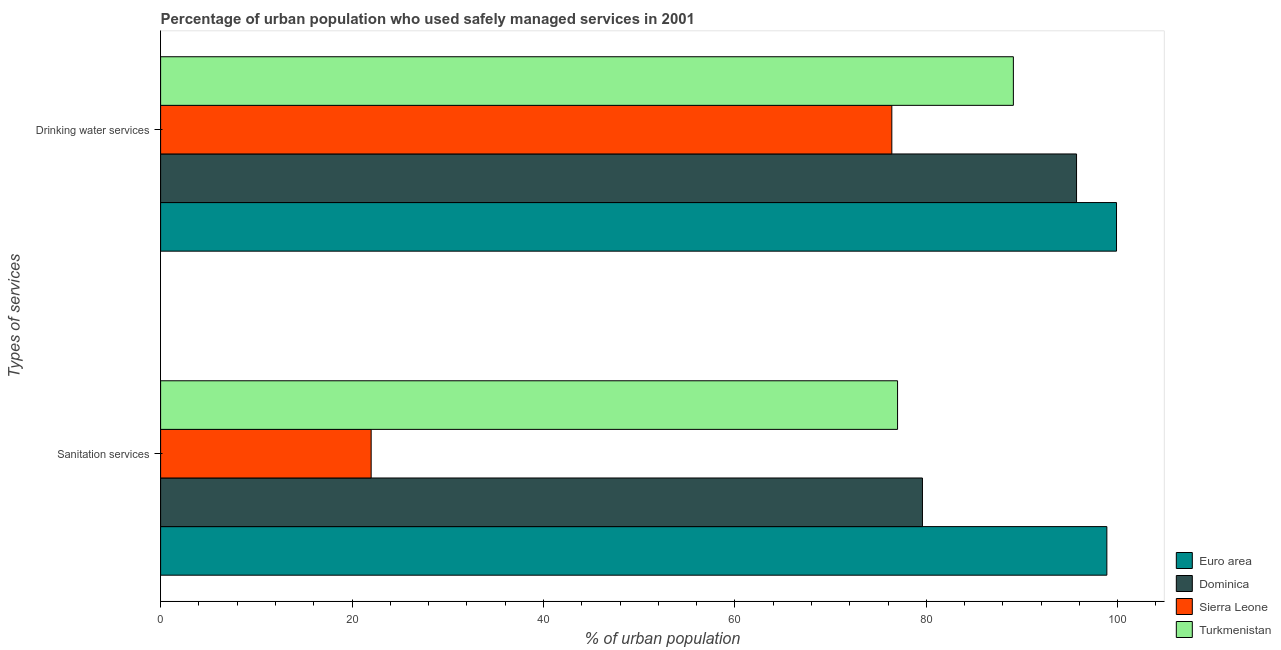
| Types of services | Euro area | Dominica | Sierra Leone | Turkmenistan |
 | --- | --- | --- | --- | --- |
 | Sanitation services | 98.9 | 79.6 | 22 | 77 |
 | Drinking water services | 99.9 | 95.7 | 76.4 | 89.1 |